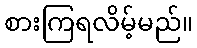
စားကြရလိမ့်မည်။